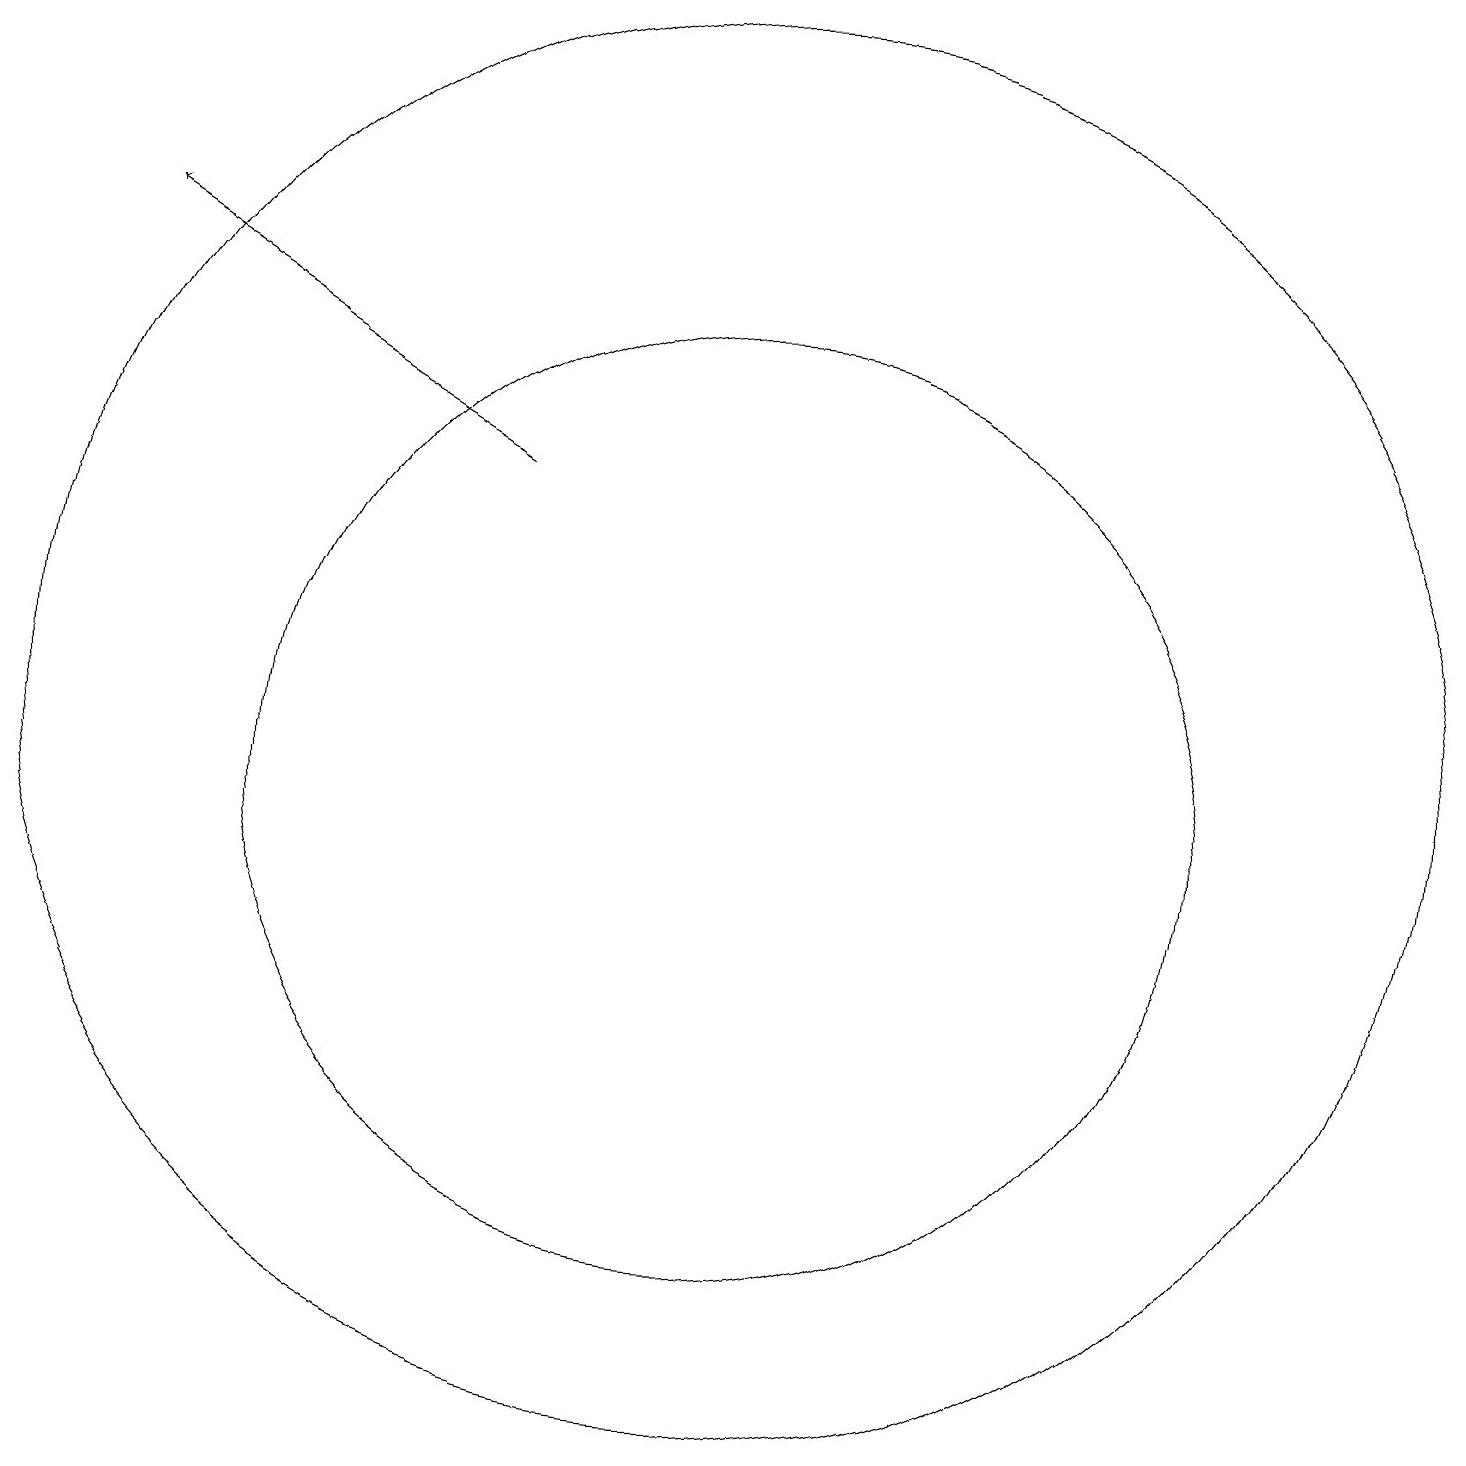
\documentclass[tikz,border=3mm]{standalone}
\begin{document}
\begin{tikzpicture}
\draw (10,11) circle (9);
\draw[->] (7,14) -- (2,17);
\draw (10,10) circle (6);
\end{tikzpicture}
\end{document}